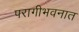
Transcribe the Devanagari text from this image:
परागीभवनात